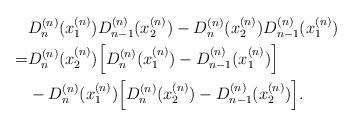
LaTeX: \begin{align*} & D_n^{(n)} (x_1^{(n)}) D_{n-1}^{(n)} (x_2^{(n)}) - D_n^{(n)} (x_2^{(n)}) D_{n-1}^{(n)} (x_1^{(n)}) \\ = & D_n^{(n)}(x_2^{(n)} ) \Big[ D_n^{(n)} (x_1^{(n)}) - D_{n-1}^{(n)} (x_1^{(n)})\Big] \\ & - D_n^{(n)}(x_1^{(n)} ) \Big[ D_n^{(n)} (x_2^{(n)}) - D_{n-1}^{(n)} (x_2^{(n)})\Big]. \end{align*}